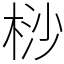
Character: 桫